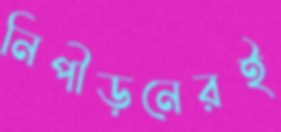
নিপীড়নেরই